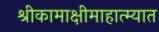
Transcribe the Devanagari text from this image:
श्रीकामाक्षीमाहात्म्यात